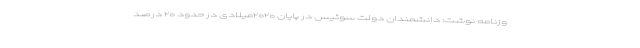
وزنامه نوشت: دانشمندان دولت سوئیس در پایان ۲۰۲۰میلادی در حدود ۲۰ درصد